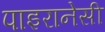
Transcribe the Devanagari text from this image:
पाइरानेसी